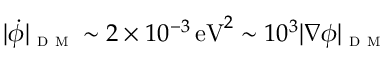
| \dot { \phi } | _ { \textsc { d m } } \sim 2 \times 1 0 ^ { - 3 } \, \mathrm { e V } ^ { 2 } \sim 1 0 ^ { 3 } | \nabla \phi | _ { \textsc { d m } }